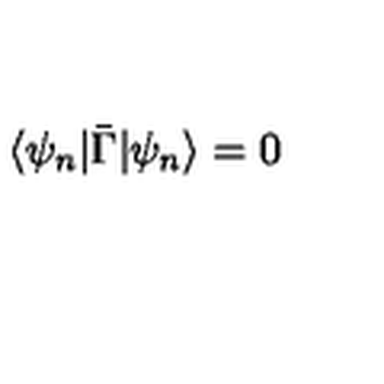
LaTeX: \langle \psi _ { n } | \bar { \Gamma } | \psi _ { n } \rangle = 0